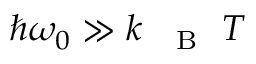
\hbar \omega _ { 0 } \gg k _ { \mathrm { ~ \textsc ~ { ~ B ~ } ~ } } T